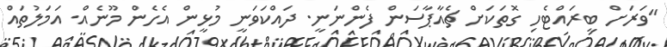
"ވަރަށް ބީރައްޓެހި ގޮތަކަށް ޗެއާޕާސަން ފެންނަނީ. ދައްކަވަނީ މުޅީން އެހެން މޫނެއް. އަމަލުތައް